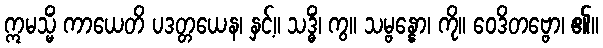
ဣမသ္မိံ ကာယေတိ ပဒတ္တယေန၊ နှင့်။ သဒ္ဓိံ၊ ကွ။ သမ္ဗန္နော၊ ကို။ ဝေဒိတဗ္ဗော၊ ၏။